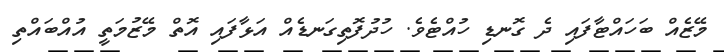
މޭޒެއް ބަހައްޓާފައި ދެ ގޮނޑި ހުއްޓެވެ. ހުދުފޮތިގަނޑެއް އަޅާފައި އޮތް މޭޒުމަތީ އުއްބައްތި